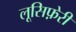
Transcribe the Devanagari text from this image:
लूसिफ़ेरी